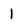
Character: 1